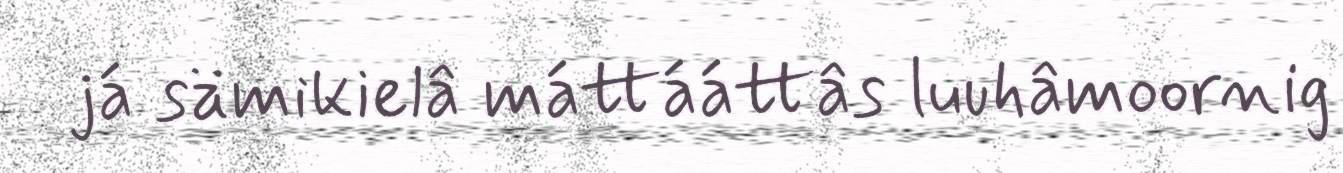
já sämikielâ máttááttâs luuhâmoornig